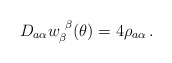
\begin{align*}D_{a\alpha}w_{\beta}^{~\beta}(\theta)=4\rho_{a\alpha}\,.\end{align*}